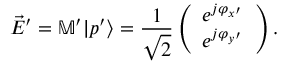
\vec { E } ^ { \prime } = \mathbb { M } ^ { \prime } | p ^ { \prime } \rangle = \frac { 1 } { \sqrt { 2 } } \left( \begin{array} { l } { e ^ { j \varphi _ { x ^ { \prime } } } } \\ { e ^ { j \varphi _ { y ^ { \prime } } } } \end{array} \right) .